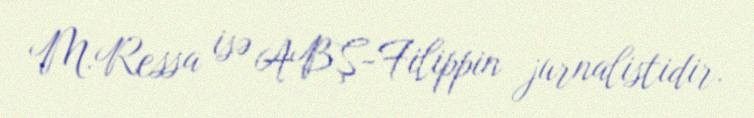
M.Ressa isə ABŞ-Filippin jurnalistidir.